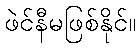
ဖဲင်နီမဖြစ်နိုင်။